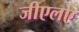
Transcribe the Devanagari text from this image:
जीएलए